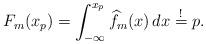
LaTeX: \begin{align*} F_m( x_p ) = \int_{-\infty}^{x_p} \widehat{f}_m(x) \, dx \stackrel{!}{=} p.\end{align*}